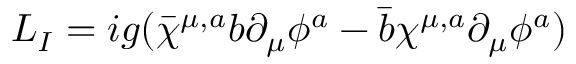
{ \cal L _ { I } } = i g ( \bar { \chi } ^ { \mu , a } b \partial _ { \mu } \phi ^ { a } - \bar { b } \chi ^ { \mu , a } \partial _ { \mu } \phi ^ { a } )